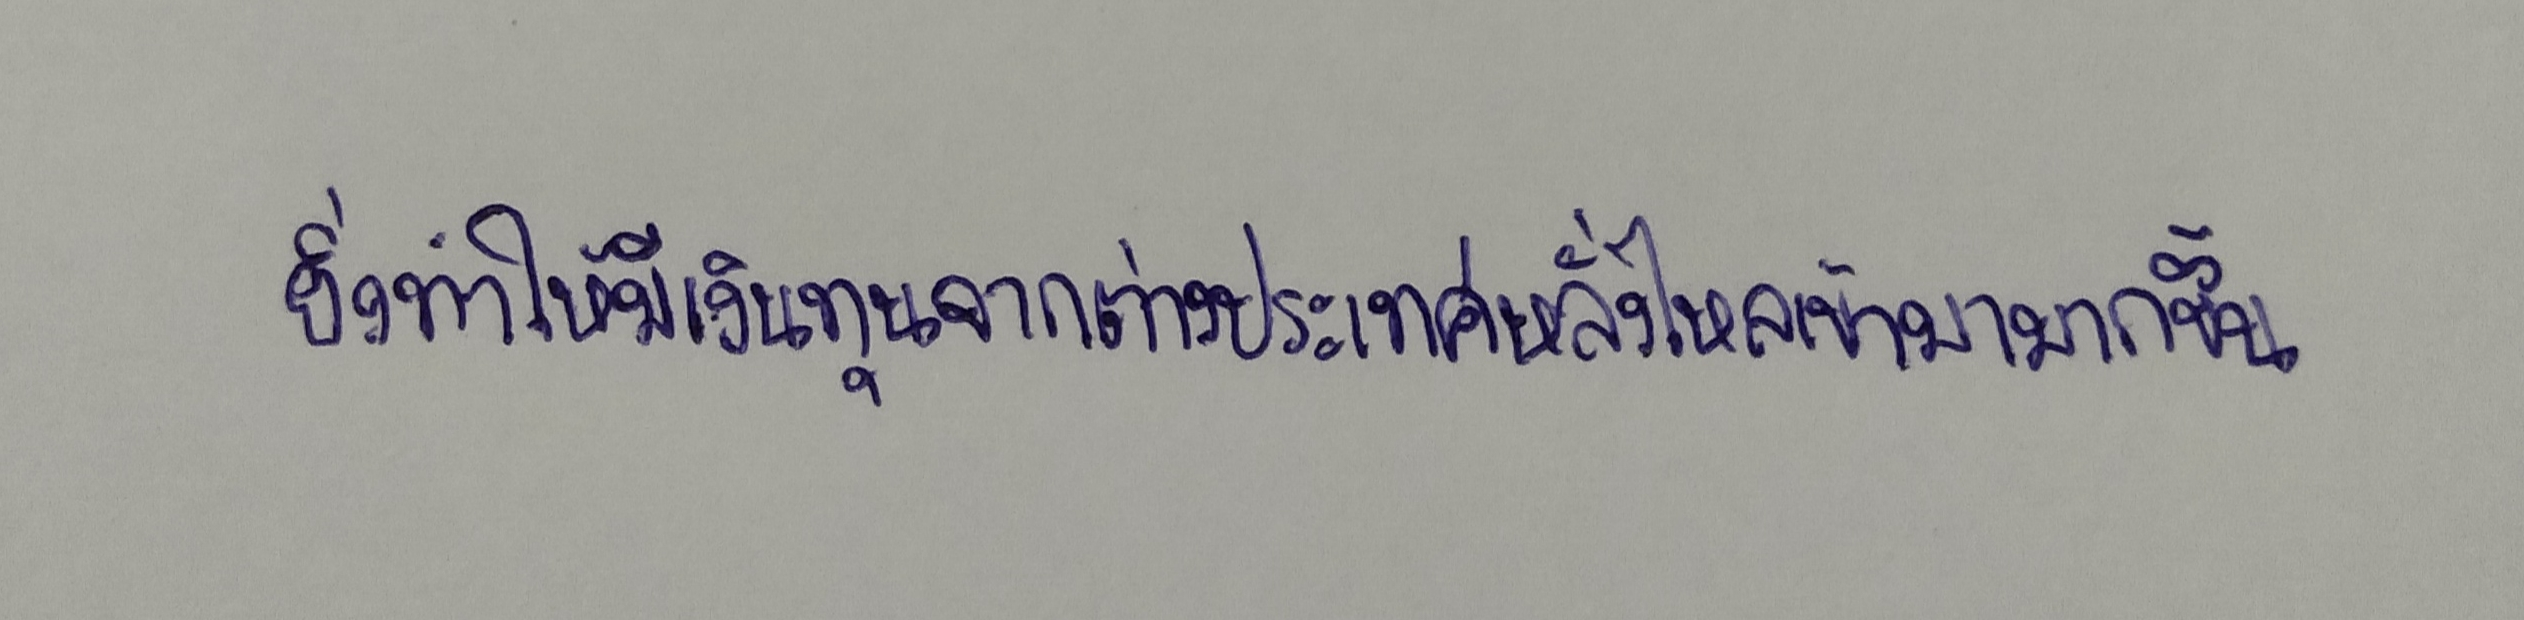
ยิ่งทำให้มีเงินทุนจากต่างประเทศหลั่งไหลเข้ามามากขึ้น